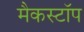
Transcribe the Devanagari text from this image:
मैकस्टॉप